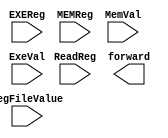
module ForwardingMux(
	input [4:0] EXEReg, //destination register 1
	input [4:0] MEMReg, //destination register 2
	input [4:0] ReadReg, //current register
	input [31:0] regFileValue, // current register Value
	input [31:0] MemVal, //value to be forwarded from MEM
	input [31:0] ExeVal, //value to be forwarded from EXE
	output [1:0] forward //output signal that represents action to be taken
);

always @ (*)
	 begin
        $display("--Entered MIPS HAZARD--");
			//EX Hazard
			if (EXEReg==ReadReg && regFileValue!=ExeVal && ExeVal!=0 && EXEReg!=0) //forward from EXE to ALU
				begin
					hazardType =  2'b10;
				end
			//MEM Hazard
			else if (MEMReg==ReadReg && regFileValue!=MemVal && MemVal!=0 && MEMReg !=0) //forward from MEM to ALU
				begin
					hazardType = 2'b01;
				end
			//No hazard therefore, no need to forward
			else
				begin
					hazardType = 2'b00;
				end
	end
endmodule